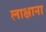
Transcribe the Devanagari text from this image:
लाक्षाना